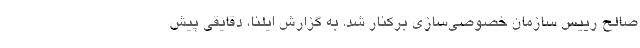
صالح رییس سازمان خصوصی‌سازی برکنار شد. به گزارش ایلنا، دقایقی پیش